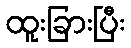
ထူးခြားပြီး